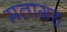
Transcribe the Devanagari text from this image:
मताग्रह